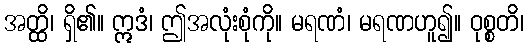
အတ္ထိ၊ ရှိ၏။ ဣဒံ၊ ဤအလုံးစုံကို။ မရဏံ၊ မရဏဟူ၍။ ဝုစ္စတိ၊